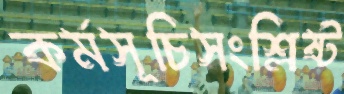
কর্মসূচিসংশ্লিষ্ট